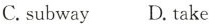
C. subway D. take